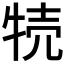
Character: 㸿